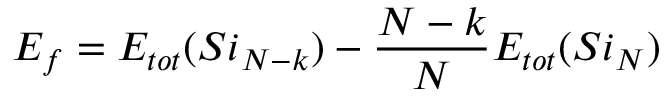
E _ { f } = E _ { t o t } ( S i _ { N - k } ) - \frac { N - k } { N } E _ { t o t } ( S i _ { N } )